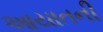
આયાતની